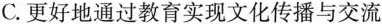
C.更好地通过教育实现文化传播与交流